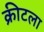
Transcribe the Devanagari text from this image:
क्रीटला